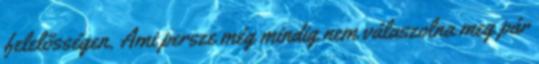
felelősségen. Ami persze még mindig nem válaszolna meg pár